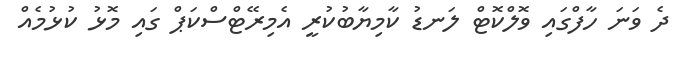
ދެ ވަނަ ހާފްގައި ވޮލްކޮޓް ލަނޑު ކާމިޔާބުކުރީ އެމިރޭޓްސްކަޕް ގައި މޮޅު ކުޅުމެއް